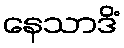
နေသာဒိံ